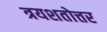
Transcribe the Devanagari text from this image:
त्रयशतोत्तर